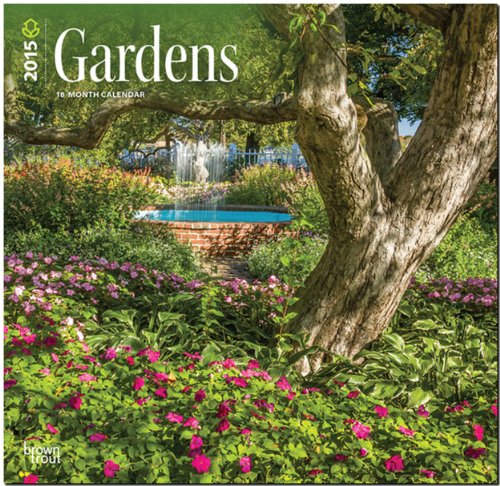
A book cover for Gardens 2015 Square 12x12 (Multilingual Edition); BrownTrout; Calendars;